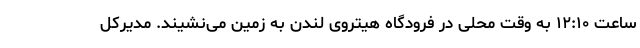
ساعت ۱۲:۱۰ به وقت محلی در فرودگاه هیتروی لندن به زمین می‌نشیند. مدیرکل